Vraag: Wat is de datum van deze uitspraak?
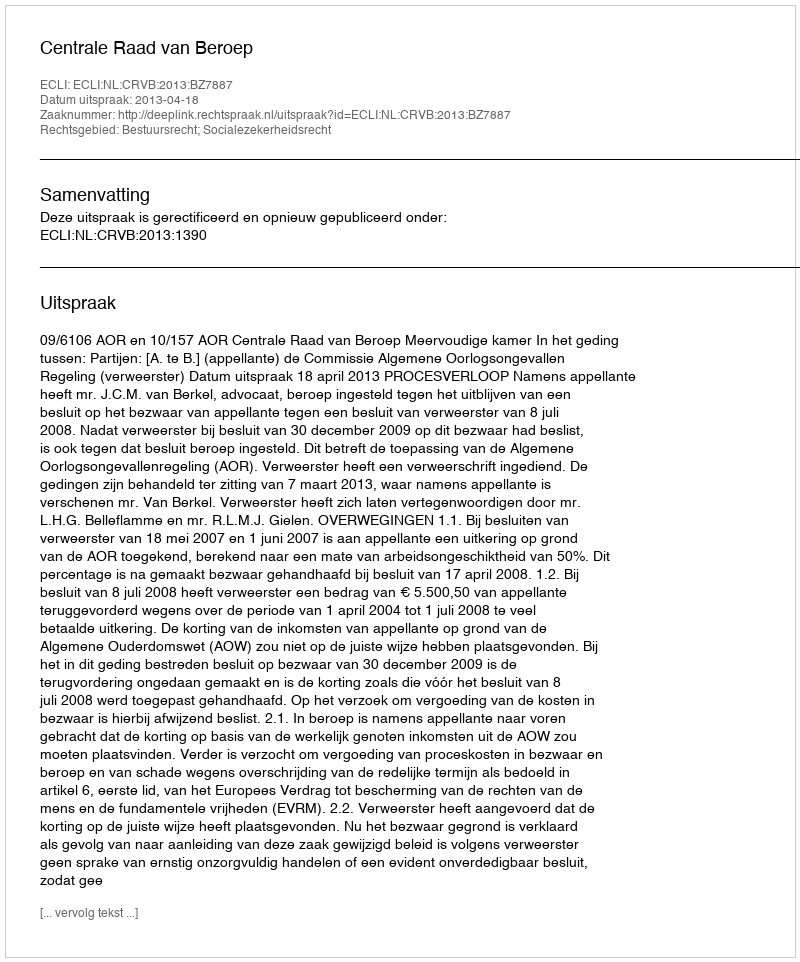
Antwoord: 2013-04-18